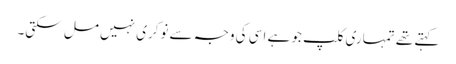
کہتے تھے تمہاری کلپ جو ہے اسی کی وجہ سے نوکری نہیں مل سکتی۔